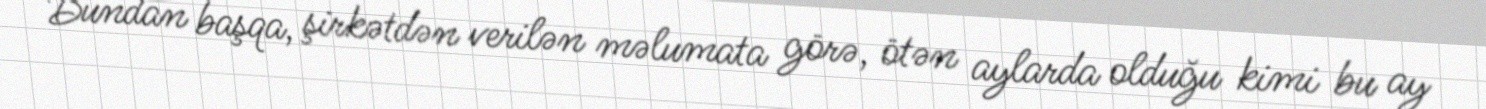
Bundan başqa, şirkətdən verilən məlumata görə, ötən aylarda olduğu kimi bu ay